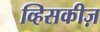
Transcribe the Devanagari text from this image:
व्हिसकीज़